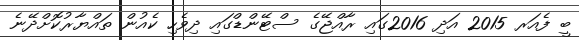
ބީ ފެއަރ 2015 އަދި 2016ގައި ރާއްޖޭގެ ސްޓޭންޑްގައި ދިވެހި ކެއުން ތައްޔާރުކޮށްދޭނެ